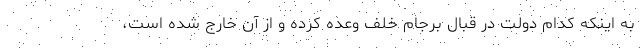
به اینکه کدام دولت در قبال برجام خلف وعده کرده و از آن خارج شده است،